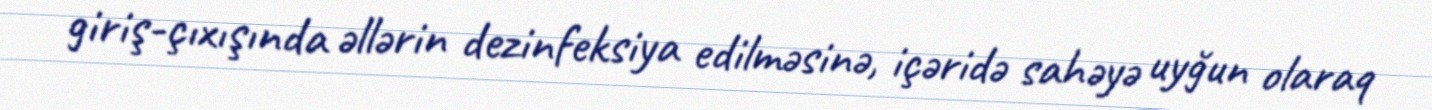
giriş-çıxışında əllərin dezinfeksiya edilməsinə, içəridə sahəyə uyğun olaraq